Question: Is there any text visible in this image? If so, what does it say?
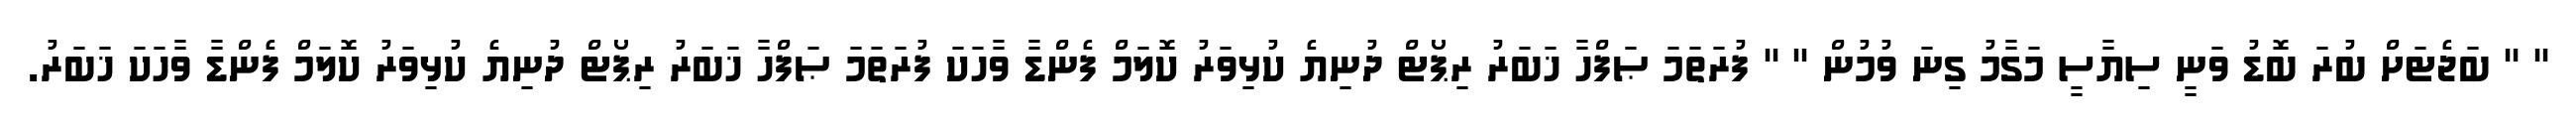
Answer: '' '' ބަޖެޓަށް ބުރަ ބޮޑު ވަނީ ސިޔާސީ މަގާމު ގިނަ ވުމުން '' '' ފުރަތަމަ ޞަފްހާ ޚަބަރު ރިޕޯޓް ދުނިޔެ ކުޅިވަރު ކޮލަމް ފެންޑާ ވާހަކަ ފުރަތަމަ ޞަފްހާ ޚަބަރު ރިޕޯޓް ދުނިޔެ ކުޅިވަރު ކޮލަމް ފެންޑާ ވާހަކަ ޚަބަރު.